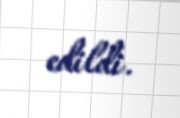
edildi.